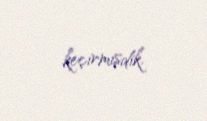
keçirmişdik.